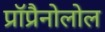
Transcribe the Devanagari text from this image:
प्रॉप्रैनोलोल